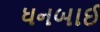
ધનબાઈ